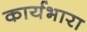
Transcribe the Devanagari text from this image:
कार्यभारा